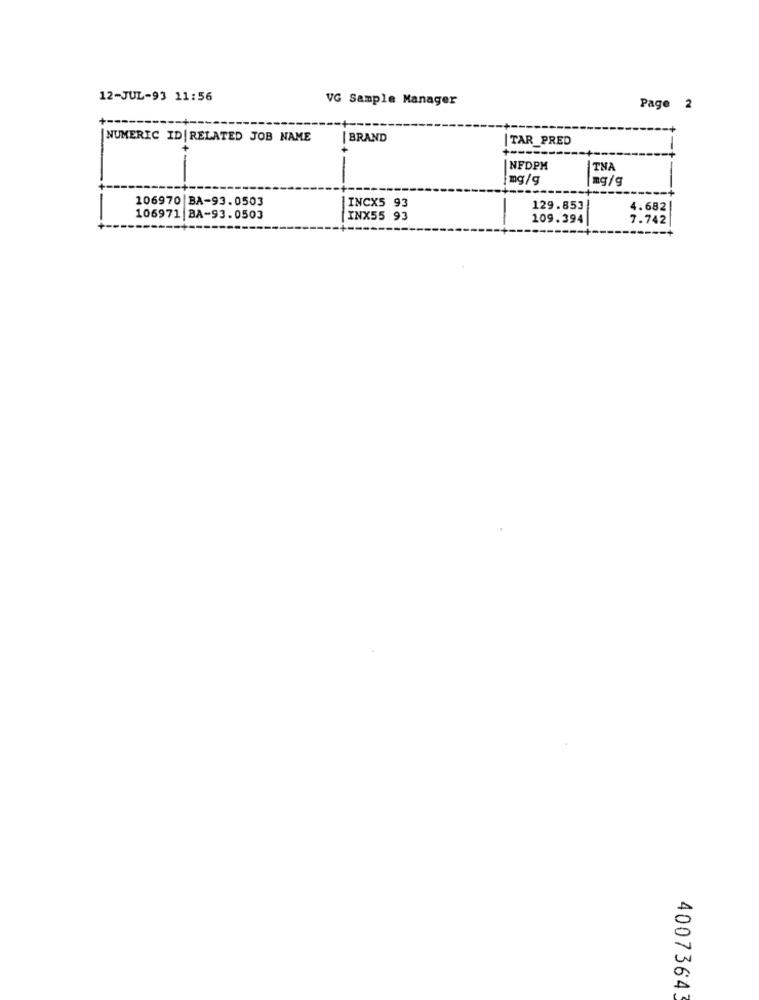
12-JUL-93 11:56
VG Sample Manager
Page 2
+ --
|NUMERIC ID | RELATED JOB NAME
| BRAND
| TAR_PRED
-
NFDPH
THA
mg/g
mg/g
106970 BA-93.0503
INCX5 93
129.853
4.682
106971 BA-93.0503
INX55 93
109.394
7.742
40073643